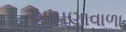
આપણાવાળા